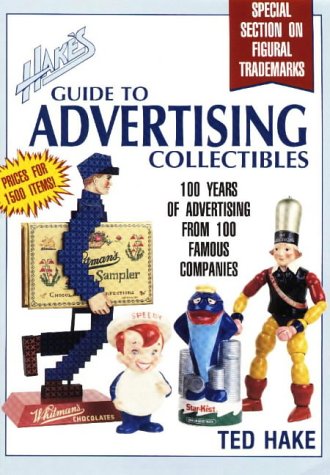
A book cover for Hake's Guide to Advertising Collectibles: 100 Years of Advertising from 100 Famous Companies; Theodore L. Hake; Crafts, Hobbies & Home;